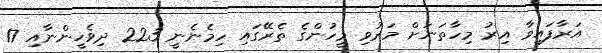
އަރާފައިވާ އިރު މިހާތަނަށް މަރުވި މީހުންގެ ތެރޭގައި ހިމެނެނީ 223 ދިވެހީންނާއި 17